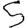
Digit: 5